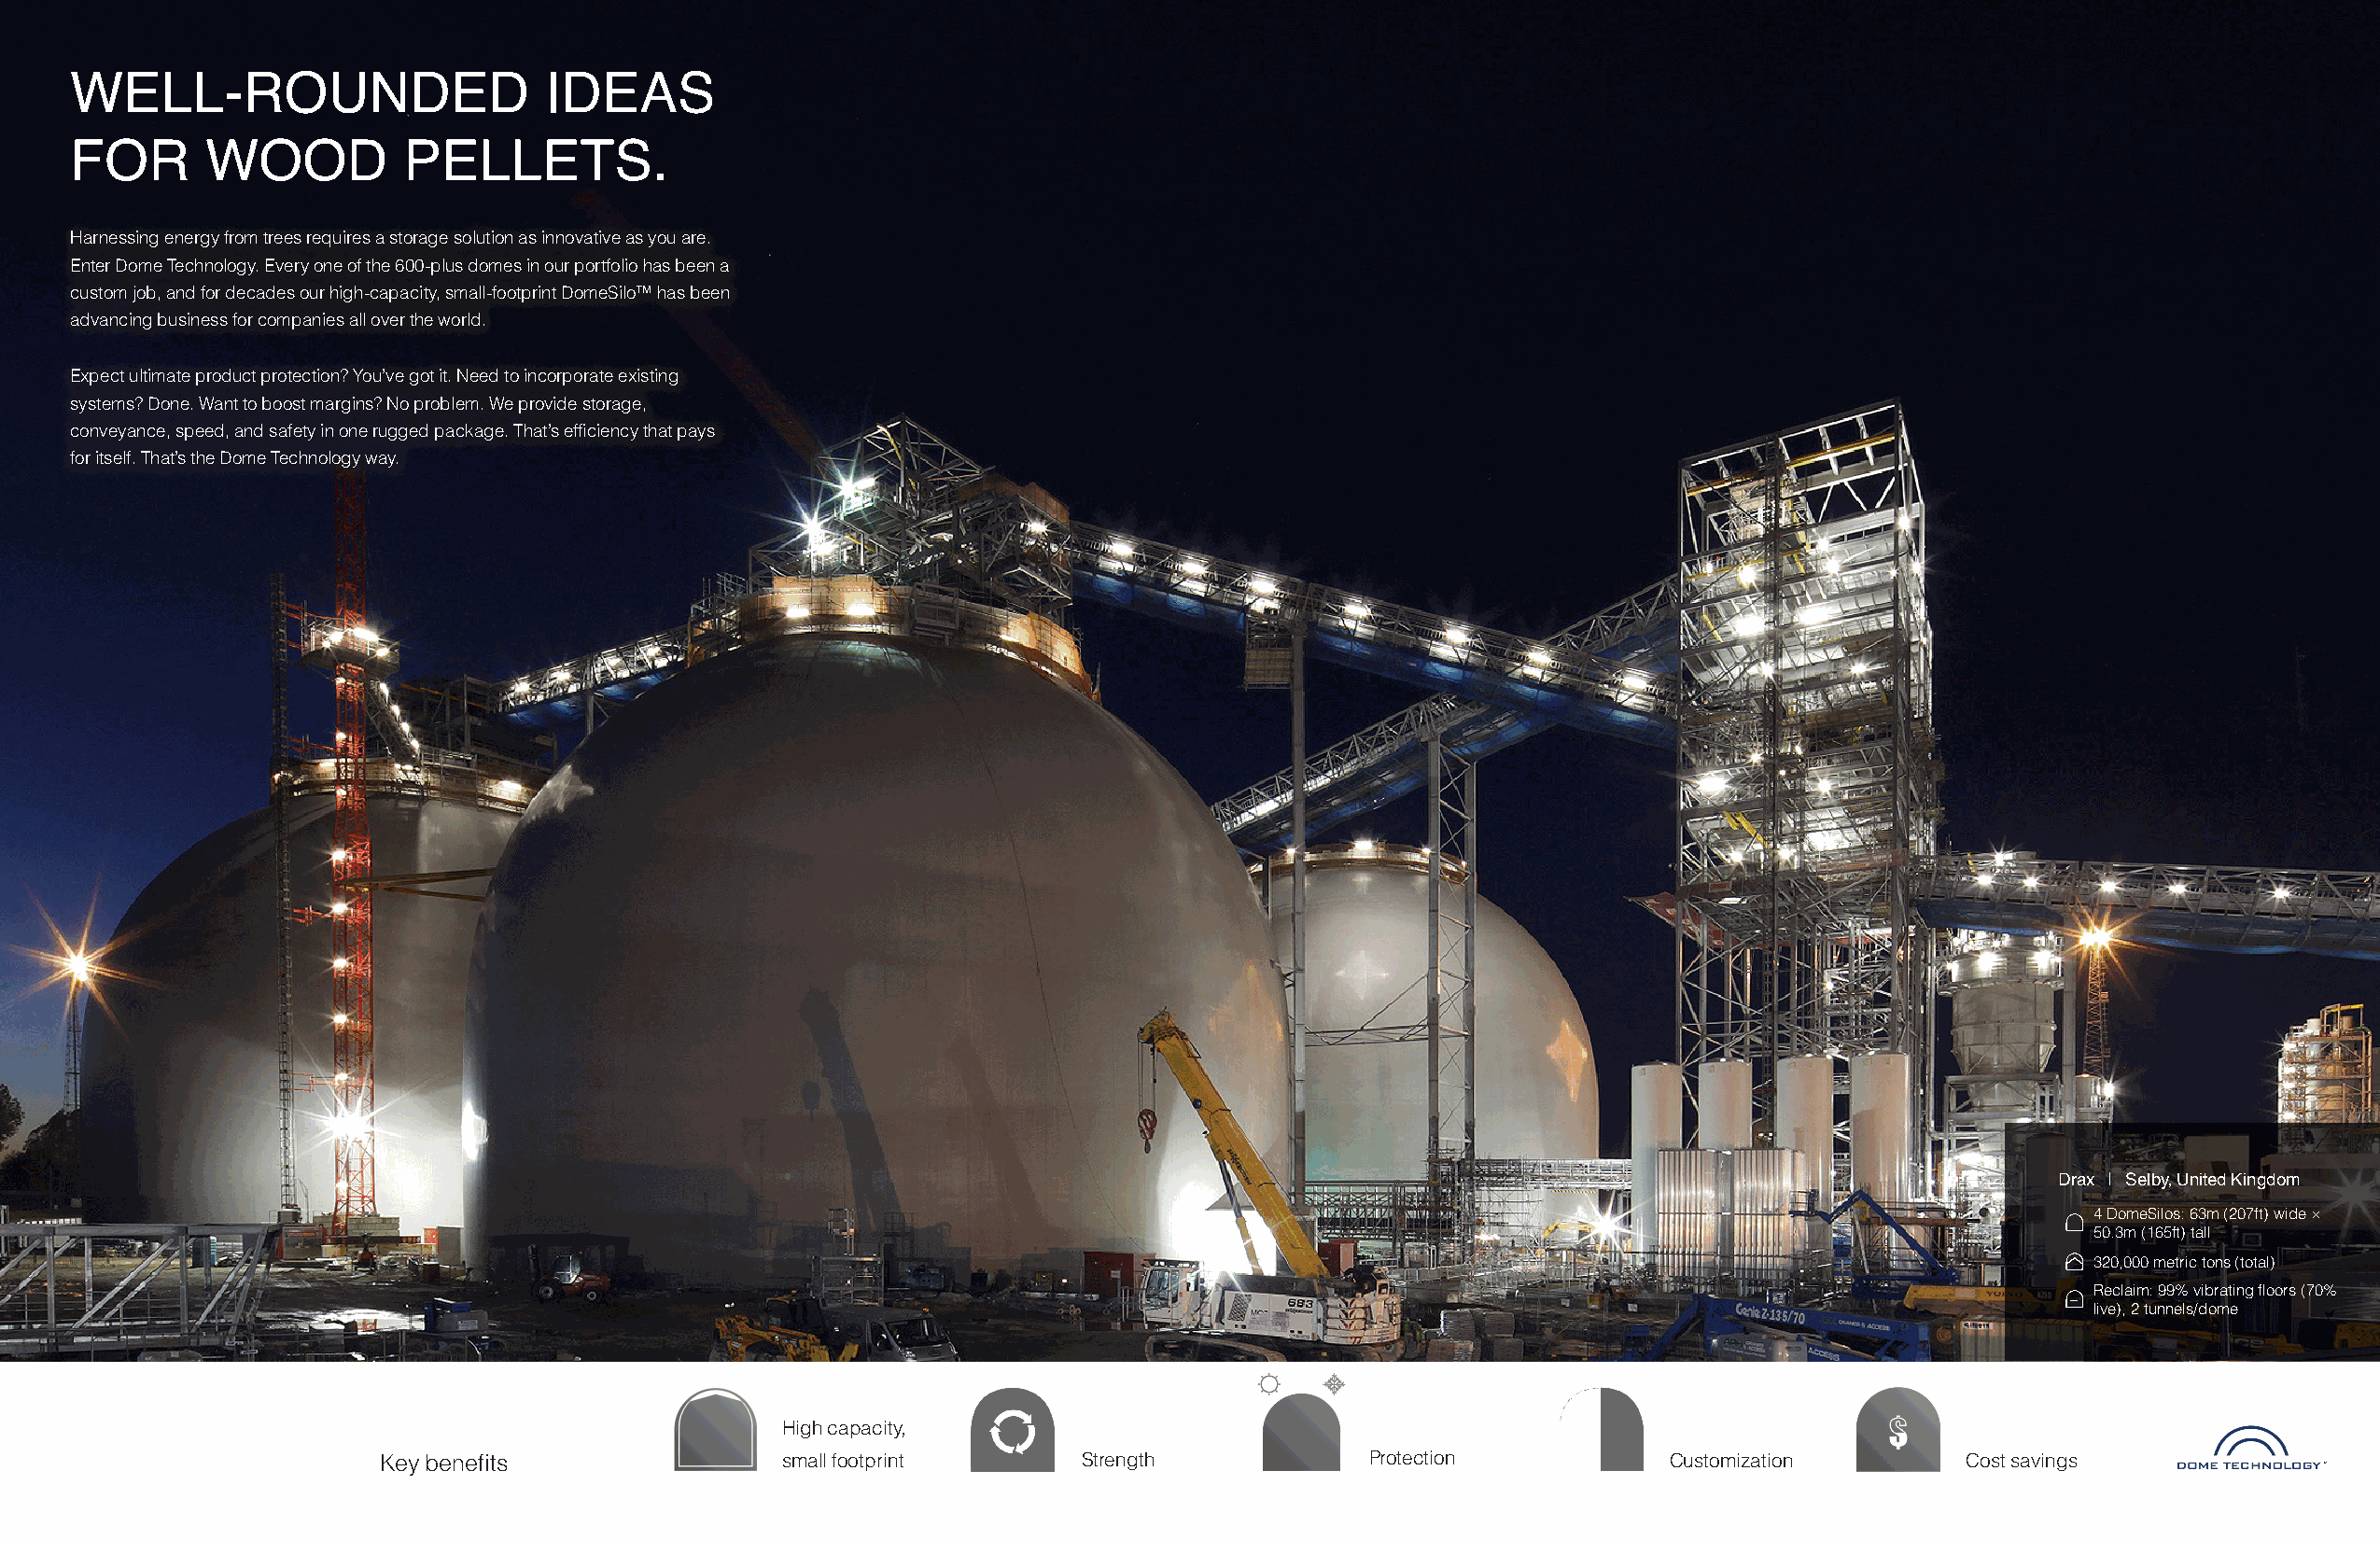
WELL-ROUNDED                      IDEAS
 FOR       WOOD          PELLETS.
 Harnessing energy from trees requires a storage solution as innovative as you are.
 Enter Dome Technology. Every one of the 600-plus domes in our portfolio has been a
 custom job, and for decades our high-capacity, small-footprint DomeSilo™ has been
 advancing business for companies all over the world.
 Expect ultimate product protection? You’ve got it. Need to incorporate existing
 systems? Done. Want to boost margins? No problem. We provide storage,
 conveyance, speed, and safety in one rugged package. That’s efficiency that pays
 for itself. That’s the Dome Technology way.
 Drax | Selby, United Kingdom
 4 DomeSilos: 63m (207ft) wide ×
 50.3m (165ft) tall
 320,000 metric tons (total)
 Reclaim: 99% vibrating floors (70%
 live), 2 tunnels/dome
 High capacity,
 Key benefits                small footprint       Strength            Protection           Customization        Cost savings
 TM